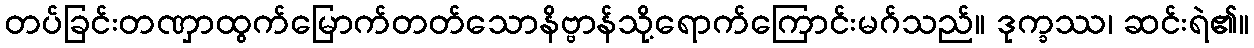
တပ်ခြင်းတဏှာထွက်မြောက်တတ်သောနိဗ္ဗာန်သို့ရောက်ကြောင်းမဂ်သည်။ ဒုက္ခဿ၊ ဆင်းရဲ၏။